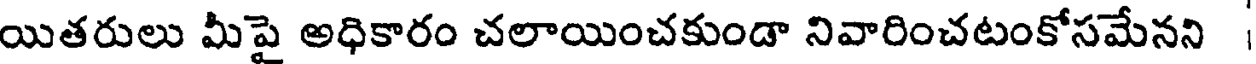
యితరులు మీపై అధికారం చలాయించకుండా నివారించటంకోసమేనని